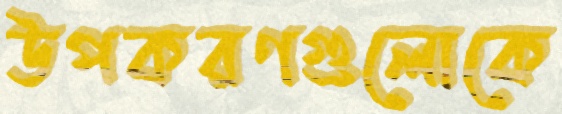
উপকরণগুলোকে